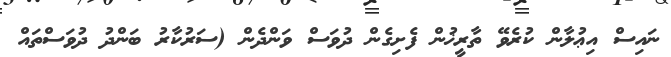
ނައިސް އިޢުލާން ކުރެވޭ ތާރީޚުން ފެށިގެން ދުވަސް ވަންދެން (ސަރުކާރު ބަންދު ދުވަސްތައް